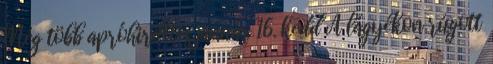
Még több apróhirdetés január 16. kedd A lágyékon rúgott